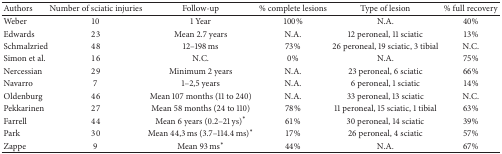
| Authors | Number of sciatic injuries | Follow-up | % complete lesions | Type of lesion | % full recovery |
 | --- | --- | --- | --- | --- | --- |
 | Weber | 10 | 1 Year | 100% | N.A. | 40% |
 | Edwards | 23 | Mean 2.7 years | N.A. | 12 peroneal, 11 sciatic | 13% |
 | Schmalzried | 48 | 12–198 ms | 73% | 26 peroneal, 19 sciatic, 3 tibial | N.C. |
 | Simon et al. | 16 | N.C. | 0% | N.A. | 75% |
 | Nercessian | 29 | Minimum 2 years | N.A. | 23 peroneal, 6 sciatic | 66% |
 | Navarro | 7 | 1–2,5 years | N.A. | 6 peroneal, 1 sciatic | 14% |
 | Oldenburg | 46 | Mean 107 months (11 to 240) | N.A. | 33 peroneal, 13 sciatic | N.C. |
 | Pekkarinen | 27 | Mean 58 months (24 to 110) | 78% | 11 peroneal, 15 sciatic, 1 tibial | 63% |
 | Farrell | 44 | Mean 6 years (0.2–21 ys)∗ | 61% | 30 peroneal, 14 sciatic | 39% |
 | Park | 30 | Mean 44,3 ms (3.7–114.4 ms)∗ | 17% | 26 peroneal, 4 sciatic | 57% |
 | Zappe | 9 | Mean 93 ms∗ | 44% | N.A. | 67% |